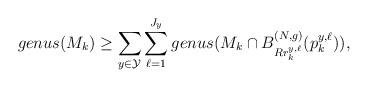
LaTeX: \begin{align*}genus(M_k)\geq \sum_{y\in\mathcal{Y}} \sum_{\ell=1}^{J_y} genus (M_k \cap B^{(N,g)}_{R r^{y,\ell}_k}(p^{y,\ell}_k)),\end{align*}